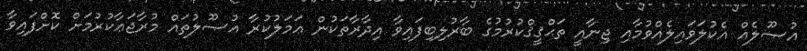
އުޞޫލެއް އެކުލަވައިލެއްވުމާއި ޖިނާއީ ތަޙްޤީޤްކުރުމުގެ ބާރުލިބިފައިވާ އިދާރާތަކުން ޢަމަލުކުރާ އުޞޫލުތައް މުރާޖަޢާކުރުމަށް ކޮށްފައިވާ